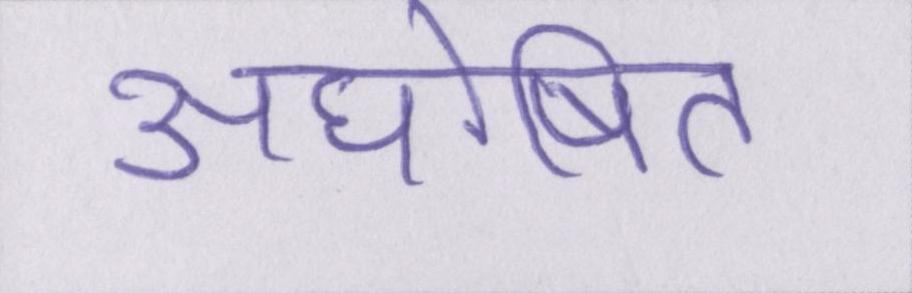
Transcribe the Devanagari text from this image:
अघोषित